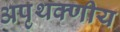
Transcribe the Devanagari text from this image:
अपृथक्णीय